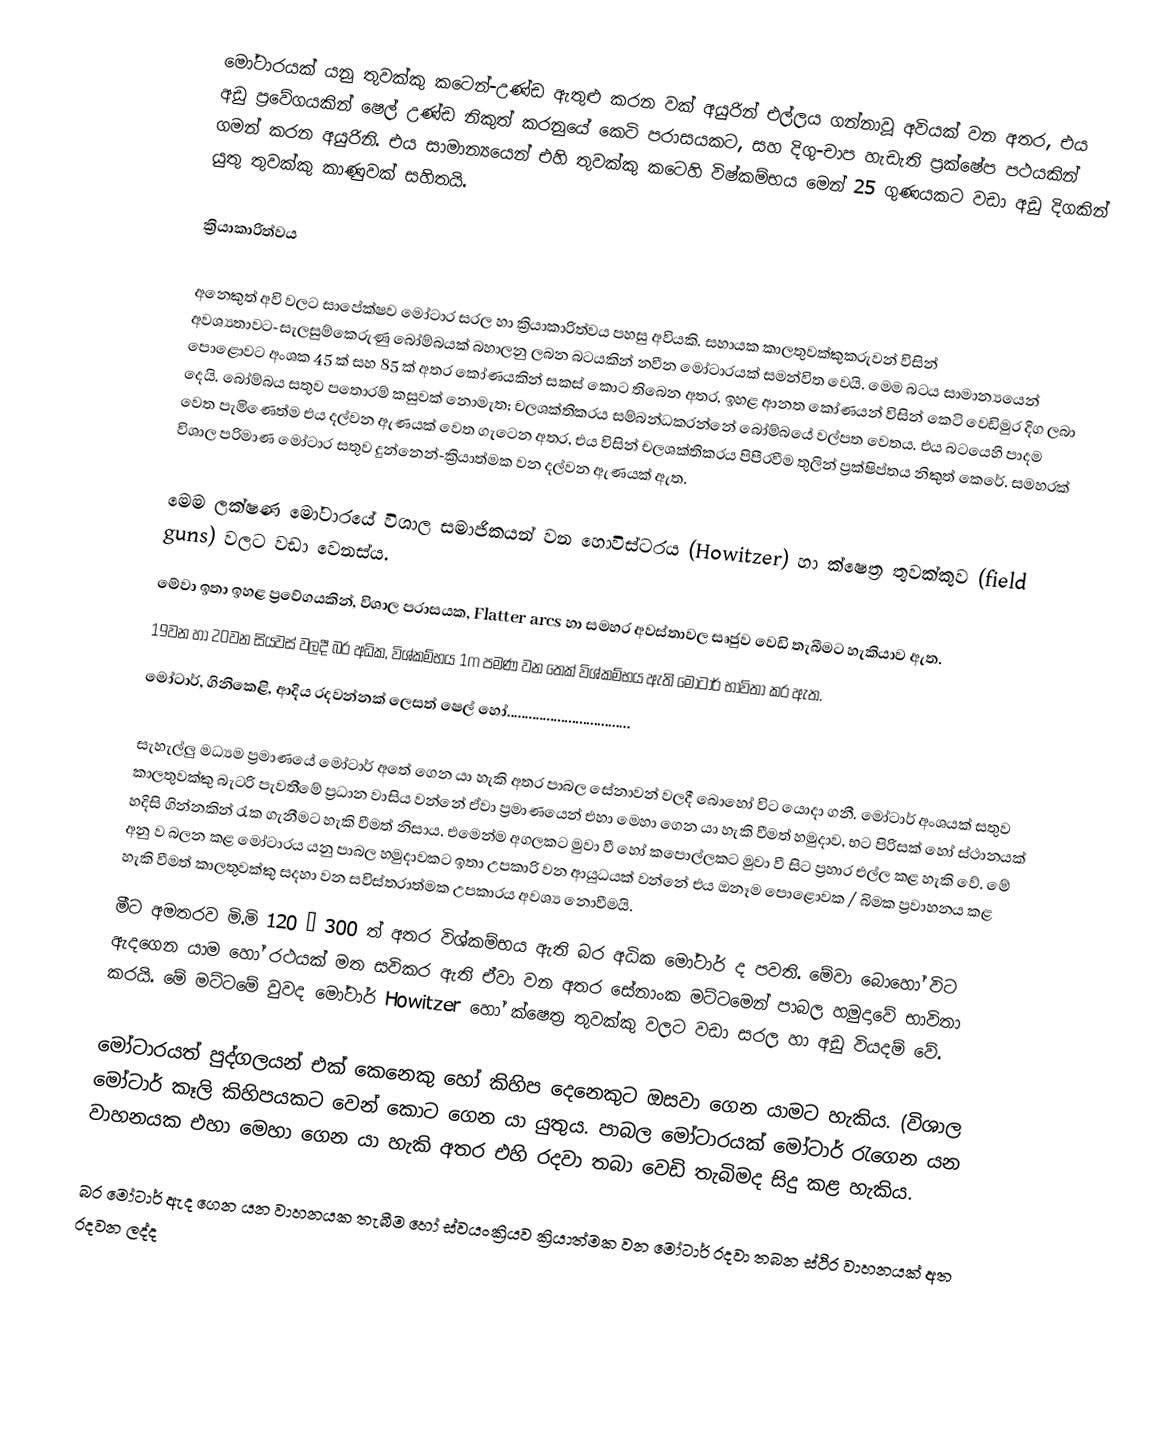
මෝටාරයක් යනු   තුවක්කු කටෙන්-උණ්ඩ ඇතුළු කරන වක් අයුරින් එල්ලය ගන්නාවූ අවියක් වන අතර, එය  අඩු ප්‍රවේගයකින් ෂෙල් උණ්ඩ නිකුත් කරනුයේ කෙටි පරාසයකට, සහ දිගු-චාප හැඩැති ප්‍රක්ෂේප පථයකින් ගමන් කරන අයුරිනි. එය සාමාන්‍යයෙන් එහි තුවක්කු කටෙහි විෂ්කම්භය මෙන් 25 ගුණයකට වඩා අඩු දිගකින් යුතු තුවක්කු කාණුවක් සහිතයි.

ක්‍රියාකාරිත්වය

අනෙකුත් අවි වලට සාපේක්ෂව මෝටාර සරල හා ක්‍රියාකාරිත්වය පහසු අවියකි. සහායක කාලතුවක්කුකරුවන් විසින් අවශ්‍යතාවට-සැලසුම්කෙරුණු  බෝම්බයක් බහාලනු ලබන බටයකින්  නවීන මෝටාරයක් සමන්විත වෙයි.  මෙම බටය සාමාන්‍යයෙන් පොළොවට අංශක 45 ක් සහ 85 ක් අතර කෝණයකින් සකස් කොට තිබෙන අතර, ඉහළ ආනත කෝණයන් විසින් කෙටි වෙඩිමුර දිග ලබා දෙයි. බෝම්බය සතුව පතොරම් කසුවක් නොමැත; චලශක්තිකරය සම්බන්ධකරන්නේ බෝම්බයේ වල්පත වෙතය. එය බටයෙහි පාදම වෙත පැමිණෙත්ම  එය දල්වන ඇණයක් වෙත ගැටෙන අතර, එය විසින් චලශක්තිකරය  පිපීරවීම තුලින් ප්‍රක්ෂිප්තය නිකුත් කෙරේ. සමහරක් විශාල  පරිමාණ මෝටාර සතුව  දුන්නෙන්-ක්‍රියාත්මක වන දල්වන ඇණයක් ඇත.

මෙම ලක්ෂණ මෝටාරයේ විශාල සමාජිකයන් වන හොවිස්ටරය  (Howitzer) හා ක්ෂෙත්‍ර තුවක්කුව  (field guns) වලට වඩා වෙනස්ය.
මේවා ඉතා ඉහළ ප්‍රවේගයකින්, විශාල පරාසයක, Flatter arcs හා සමහර අවස්තාවල සෘජුව වෙඩි තැබීමට හැකියාව ඇත.
19වන හා 20වන සියවස් වලදී බර අධික, විශ්කම්භය 1m පමණ වන තෙක් විශ්කම්භය ඇති මෝටාර් භාවිතා කර ඇත.
මෝටාර්, ගිනිකෙළි, ආදිය රදවන්නක් ලෙසත් ෂෙල් හෝ..................................

සැහැල්ලු මධ්‍යම ප්‍රමාණයේ මෝටාර් අතේ ගෙන යා හැකි අතර පාබල සේනාවන් වලදී බොහෝ විට යොදා ගනී. මෝටාර් අංශයක් සතුව කාලතුවක්කු බැටරි පැවතීමේ ප්‍රධාන වාසිය වන්නේ ඒවා ප්‍රමාණයෙන් එහා මෙහා ගෙන යා හැකි වීමත් හමුදාව, භට පිරිසක් හෝ ස්ථානයක් හදිසි ගින්නකින් රැක ගැනීමට හැකි වීමත් නිසාය. එමෙන්ම අගලකට මුවා වී හෝ කපොල්ලකට මුවා වී  සිට ප්‍රහාර එල්ල කළ හැකි වේ. මේ අනු ව බලන කළ මෝටාරය යනු පාබල හමුදාවකට ඉතා  උපකාරි වන ආයුධයක් වන්නේ එය ඔනෑම පොළොවක / බිමක ප්‍රවාහනය කළ හැකි වීමත් කාලතුවක්කු සදහා වන සවිස්තරාත්මක උපකාරය අවශ්‍ය නොවීමයි.
මීට අමතරව මි.මි 120 – 300 ත් අතර විශ්කම්භය ඇති බර අධික මෝටාර් ද පවති. මේවා බොහෝ විට ඇදගෙන යාම හෝ රථයක් මත සවිකර ඇති ඒවා වන අතර  සේනාංක මට්ටමෙන් පාබල හමුදාවේ භාවිතා කරයි. මේ මට්ටමේ  වුවද මෝටාර් Howitzer හෝ ක්ෂෙත්‍ර තුවක්කු වලට වඩා  සරල හා අඩු වියදම් වේ.

මෝටාරයත් පුද්ගලයන්  එක් කෙනෙකු හෝ කිහිප දෙනෙකුට ඔසවා ගෙන යාමට හැකිය. (විශාල මෝටාර්  කෑලි කිහිපයකට වෙන් කොට ගෙන යා යුතුය. පාබල මෝටාරයක් මෝටාර් රැගෙන යන වාහනයක එහා මෙහා ගෙන යා හැකි අතර එහි රදවා තබා වෙඩි තැබිමද සිදු කළ හැකිය.

බර මෝටාර් ඇද ගෙන යන වාහනයක තැබීම හෝ ස්වයංක්‍රියව ක්‍රියාත්මක වන මෝටාර් රදවා තබන ස්ථිර වාහනයක් අත රදවන ලද්ද